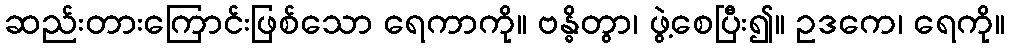
ဆည်းတားကြောင်းဖြစ်သော ရေကာကို။ ဗန္ဓိတွာ၊ ဖွဲ့စေပြီး၍။ ဥဒကေ၊ ရေကို။